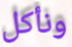
ونأكل